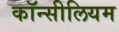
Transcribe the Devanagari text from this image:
कॉन्सीलियम